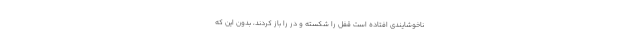
ناخوشایندی افتاده است قفل را شکسته و در را باز کردند، بدون این که